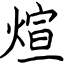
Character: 煊